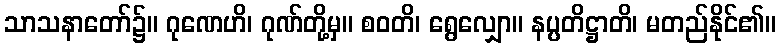
သာသနာတော်၌။ ဂုဏေဟိ၊ ဂုဏ်တို့မှ။ စဝတိ၊ ရွေလျှော။ နပ္ပတိဋ္ဌာတိ၊ မတည်နိုင်၏။